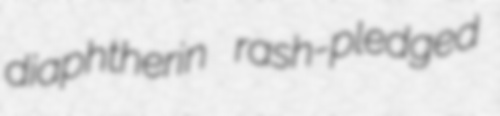
diaphtherin rash-pledged